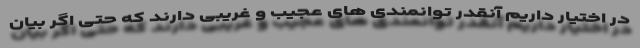
در اختیار داریم آنقدر توانمندی های عجیب و غریبی دارند که حتی اگر بیان